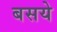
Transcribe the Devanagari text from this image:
बसये